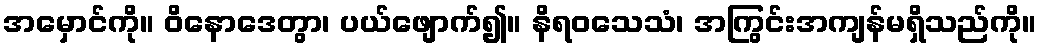
အမှောင်ကို။ ဝိနောဒေတွာ၊ ပယ်ဖျောက်၍။ နိရဝသေသံ၊ အကြွင်းအကျန်မရှိသည်ကို။